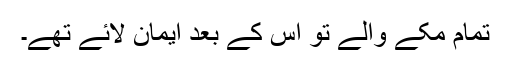
تمام مکے والے تو اس کے بعد ایمان لائے تھے۔